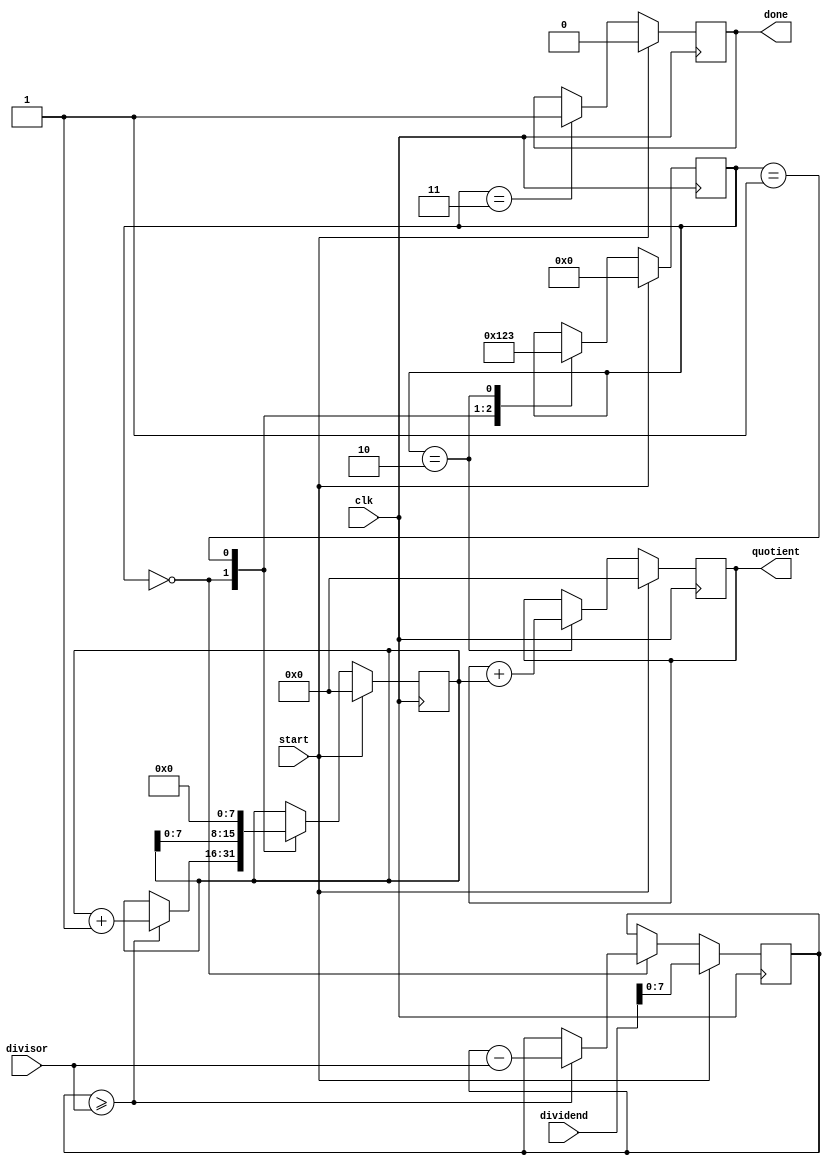
module PipelinedDivider (
    input wire [15:0] dividend,
    input wire [7:0] divisor,
    input wire clk,
    input wire start,
    output reg [15:0] quotient,
    output reg done
);

reg [15:0] partial_quotient;
reg [7:0] remainder;
reg [3:0] stage;

// Pipeline stages
always @ (posedge clk) begin
    if (start) begin
        stage <= 0;
        partial_quotient <= 0;
        remainder <= dividend;
        quotient <= 0;
        done <= 0;
    end else begin
        case (stage)
            0: begin // Input processing stage
                if (remainder >= divisor) begin
                    partial_quotient <= partial_quotient + 1;
                    remainder <= remainder - divisor;
                end
                stage <= 1;
            end
            1: begin // Computation of partial quotients
                partial_quotient <= partial_quotient << 8;
                stage <= 2;
            end
            2: begin // Accumulating partial results
                quotient <= quotient + partial_quotient;
                stage <= 3;
            end
            3: begin // Producing the final quotient
                done <= 1;
            end
        endcase
    end
end

endmodule